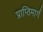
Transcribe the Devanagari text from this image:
प्राप्तिमार्ग